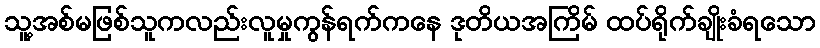
သူ့အစ်မဖြစ်သူကလည်းလူမှုကွန်ရက်ကနေ ဒုတိယအကြိမ် ထပ်ရိုက်ချိုးခံရသော